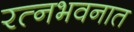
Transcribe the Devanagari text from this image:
रत्‍नभवनात